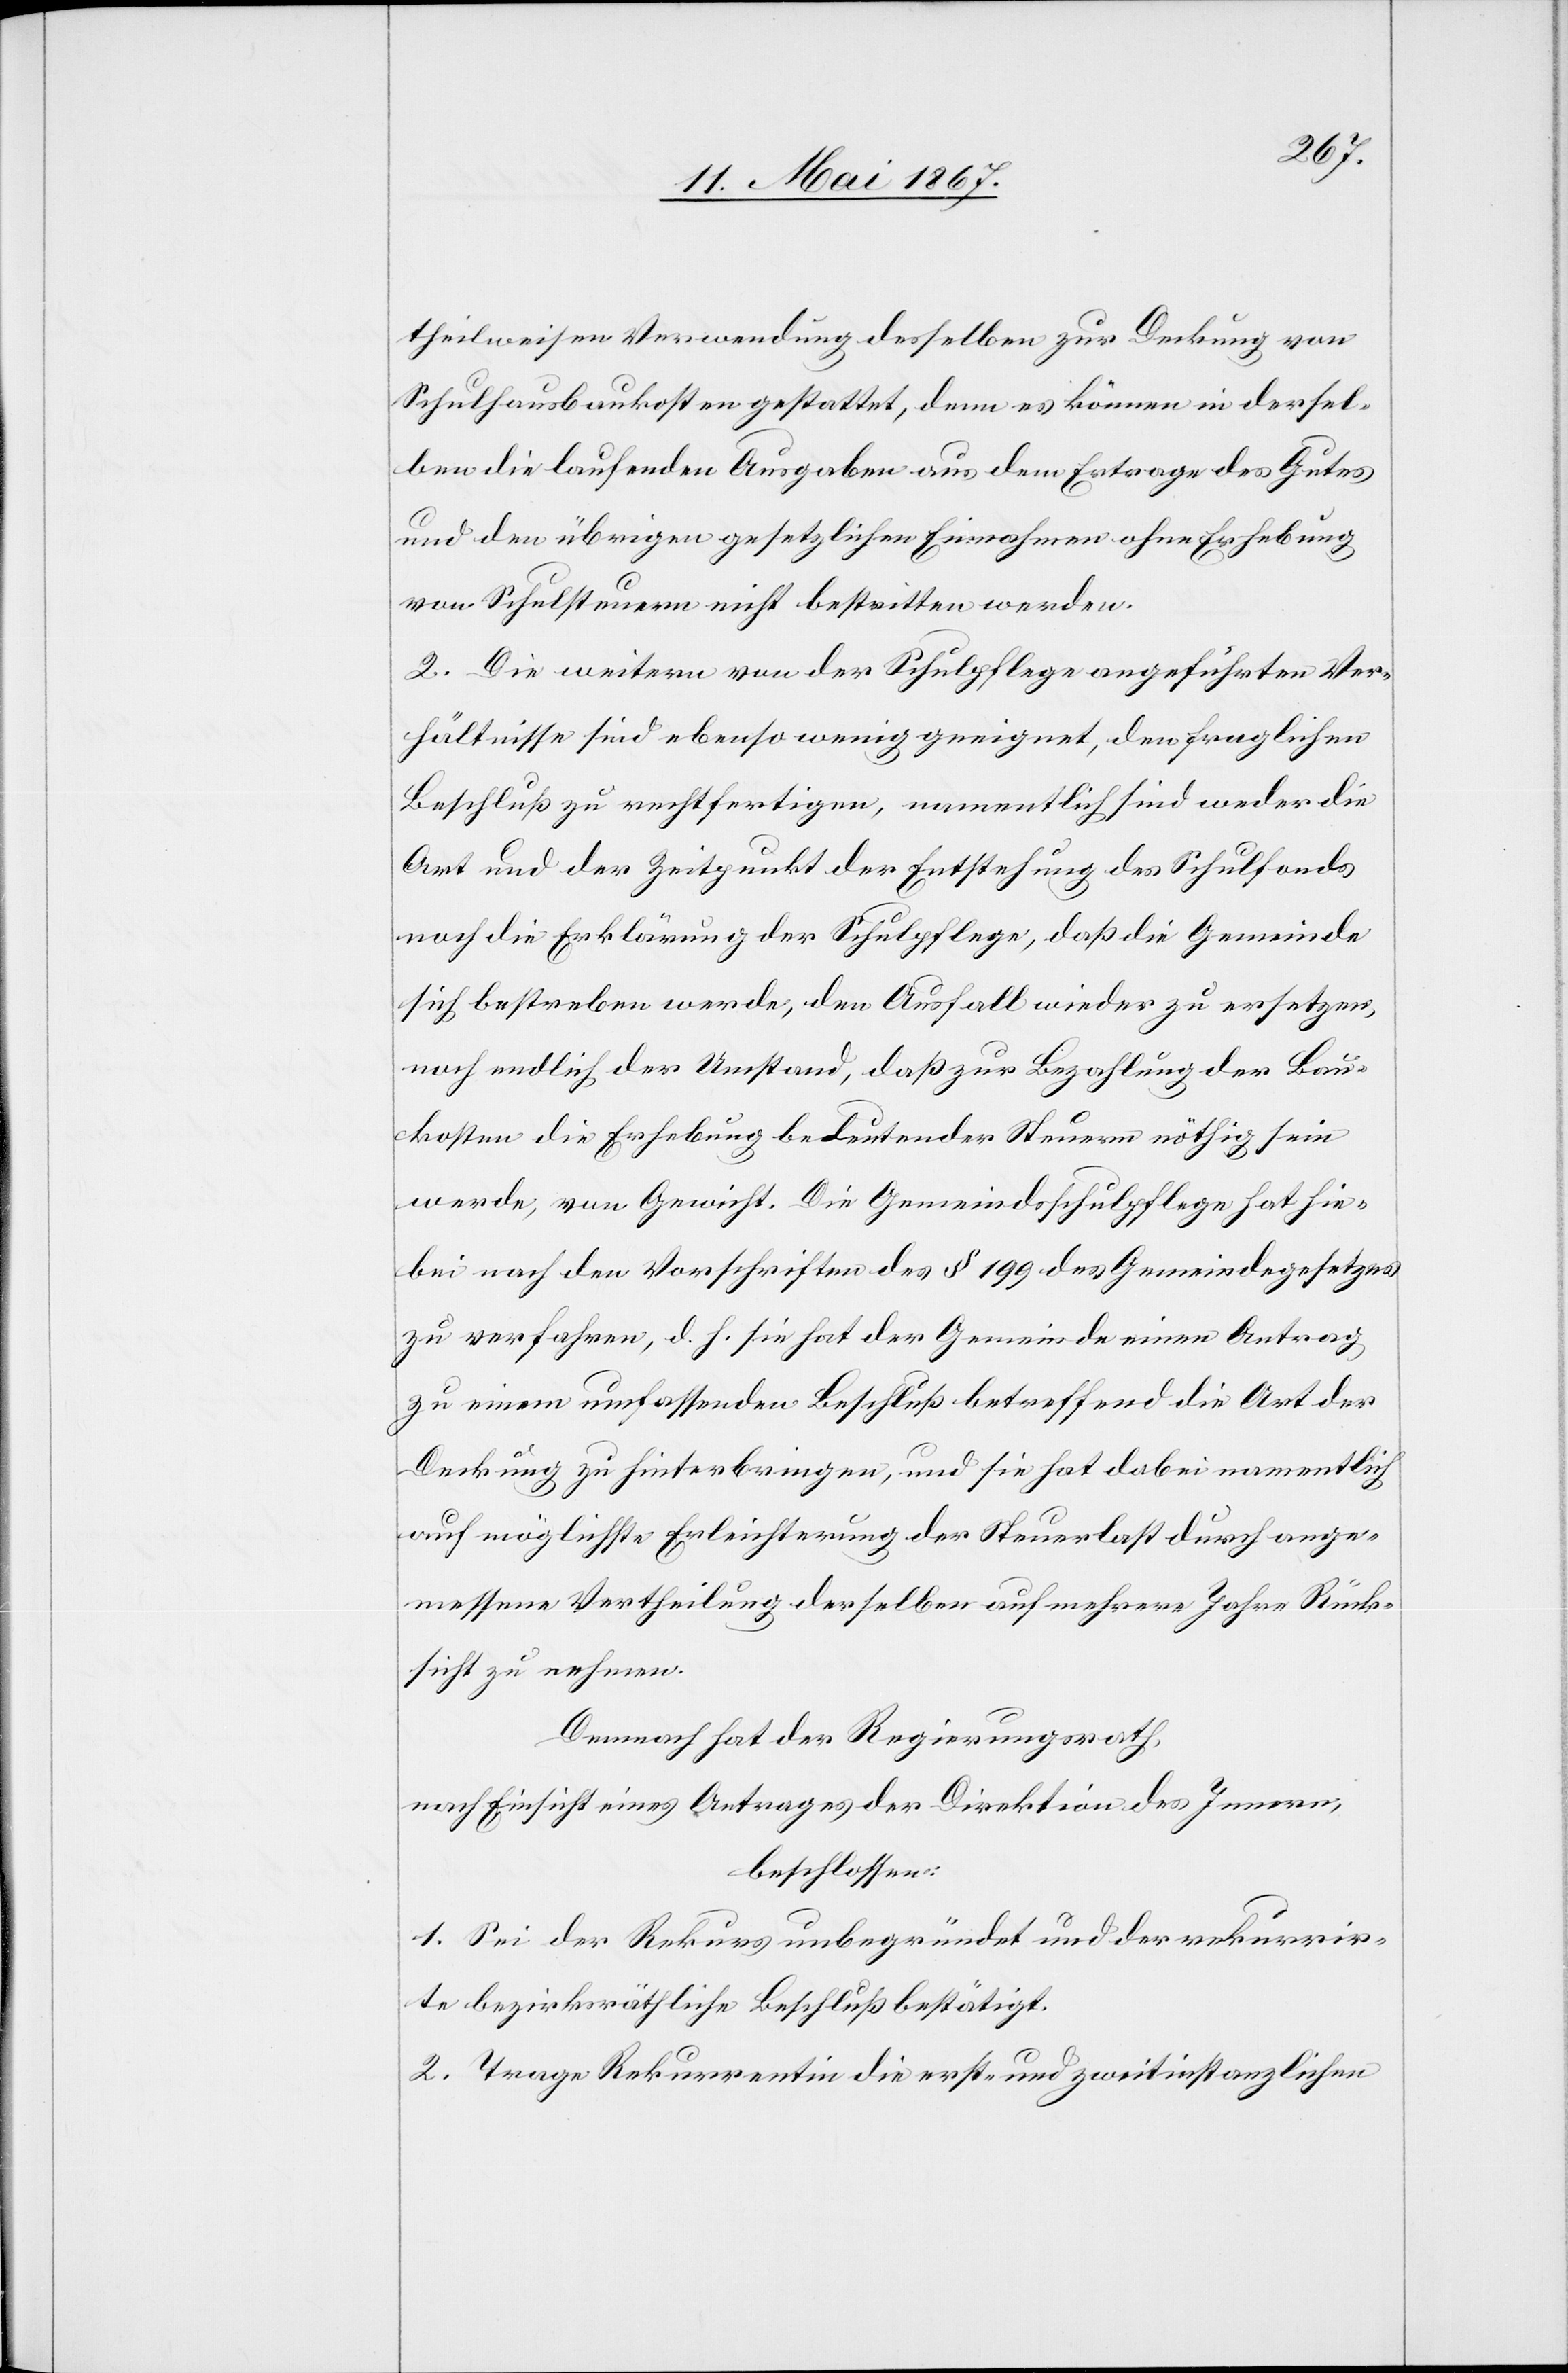
theilweisen Verwendung desselben zur Deckung von
Schulhausbaukosten gestattet, denn es können in dersel¬
ben die laufenden Ausgaben aus dem Ertrage des Gutes
und den übrigen gesetzlichen Einnahmen ohne Erhebung
von Schulsteuern nicht bestritten werden.
2. Die weitern von der Schulpflege angeführten Ver¬
hältnisse sind ebenso wenig geeignet, den fraglichen
Beschluß zu rechtfertigen, namentlich weder die
Art und der Zeitpunkt der Entstehung des Schulfonds
noch die Erklärung der Schulpflege, daß die Gemeinde
sich bestreben werde, den Ausfall wieder zu ersetzten,
noch endlich der Umstand, daß zur Bezahlung der Bau¬
kosten die Erhebung bedeutender Steuern nöthig sein
werde, von Gewicht. Die Gemeindsschulpflege hat hie¬
bei nach den Vorschriften des § 199 des Gemeindegesetzes
zu verfahren, d. h. sie hat der Gemeinde einen Antrag
zu einem umfassenden Beschluß betreffend die Art der
Deckung zu hinterbringen, und sie hat dabei namentlich
auf möglichste Erleichterung der Steuerlast durch ange¬
messene Vertheilung derselben auf mehrere Jahre Rück¬
sicht zu nehmen.
Demnach hat der Regierungsrath,
nach Einsicht eines Antrages der Direktion des Innern,
beschlossen:
1. Sei der Rekurs unbegründet und der rekurrir¬
te bezirksräthliche Beschluß bestätigt.
2. Trage Rekurrentin die erst- und zweitinstanzlichen